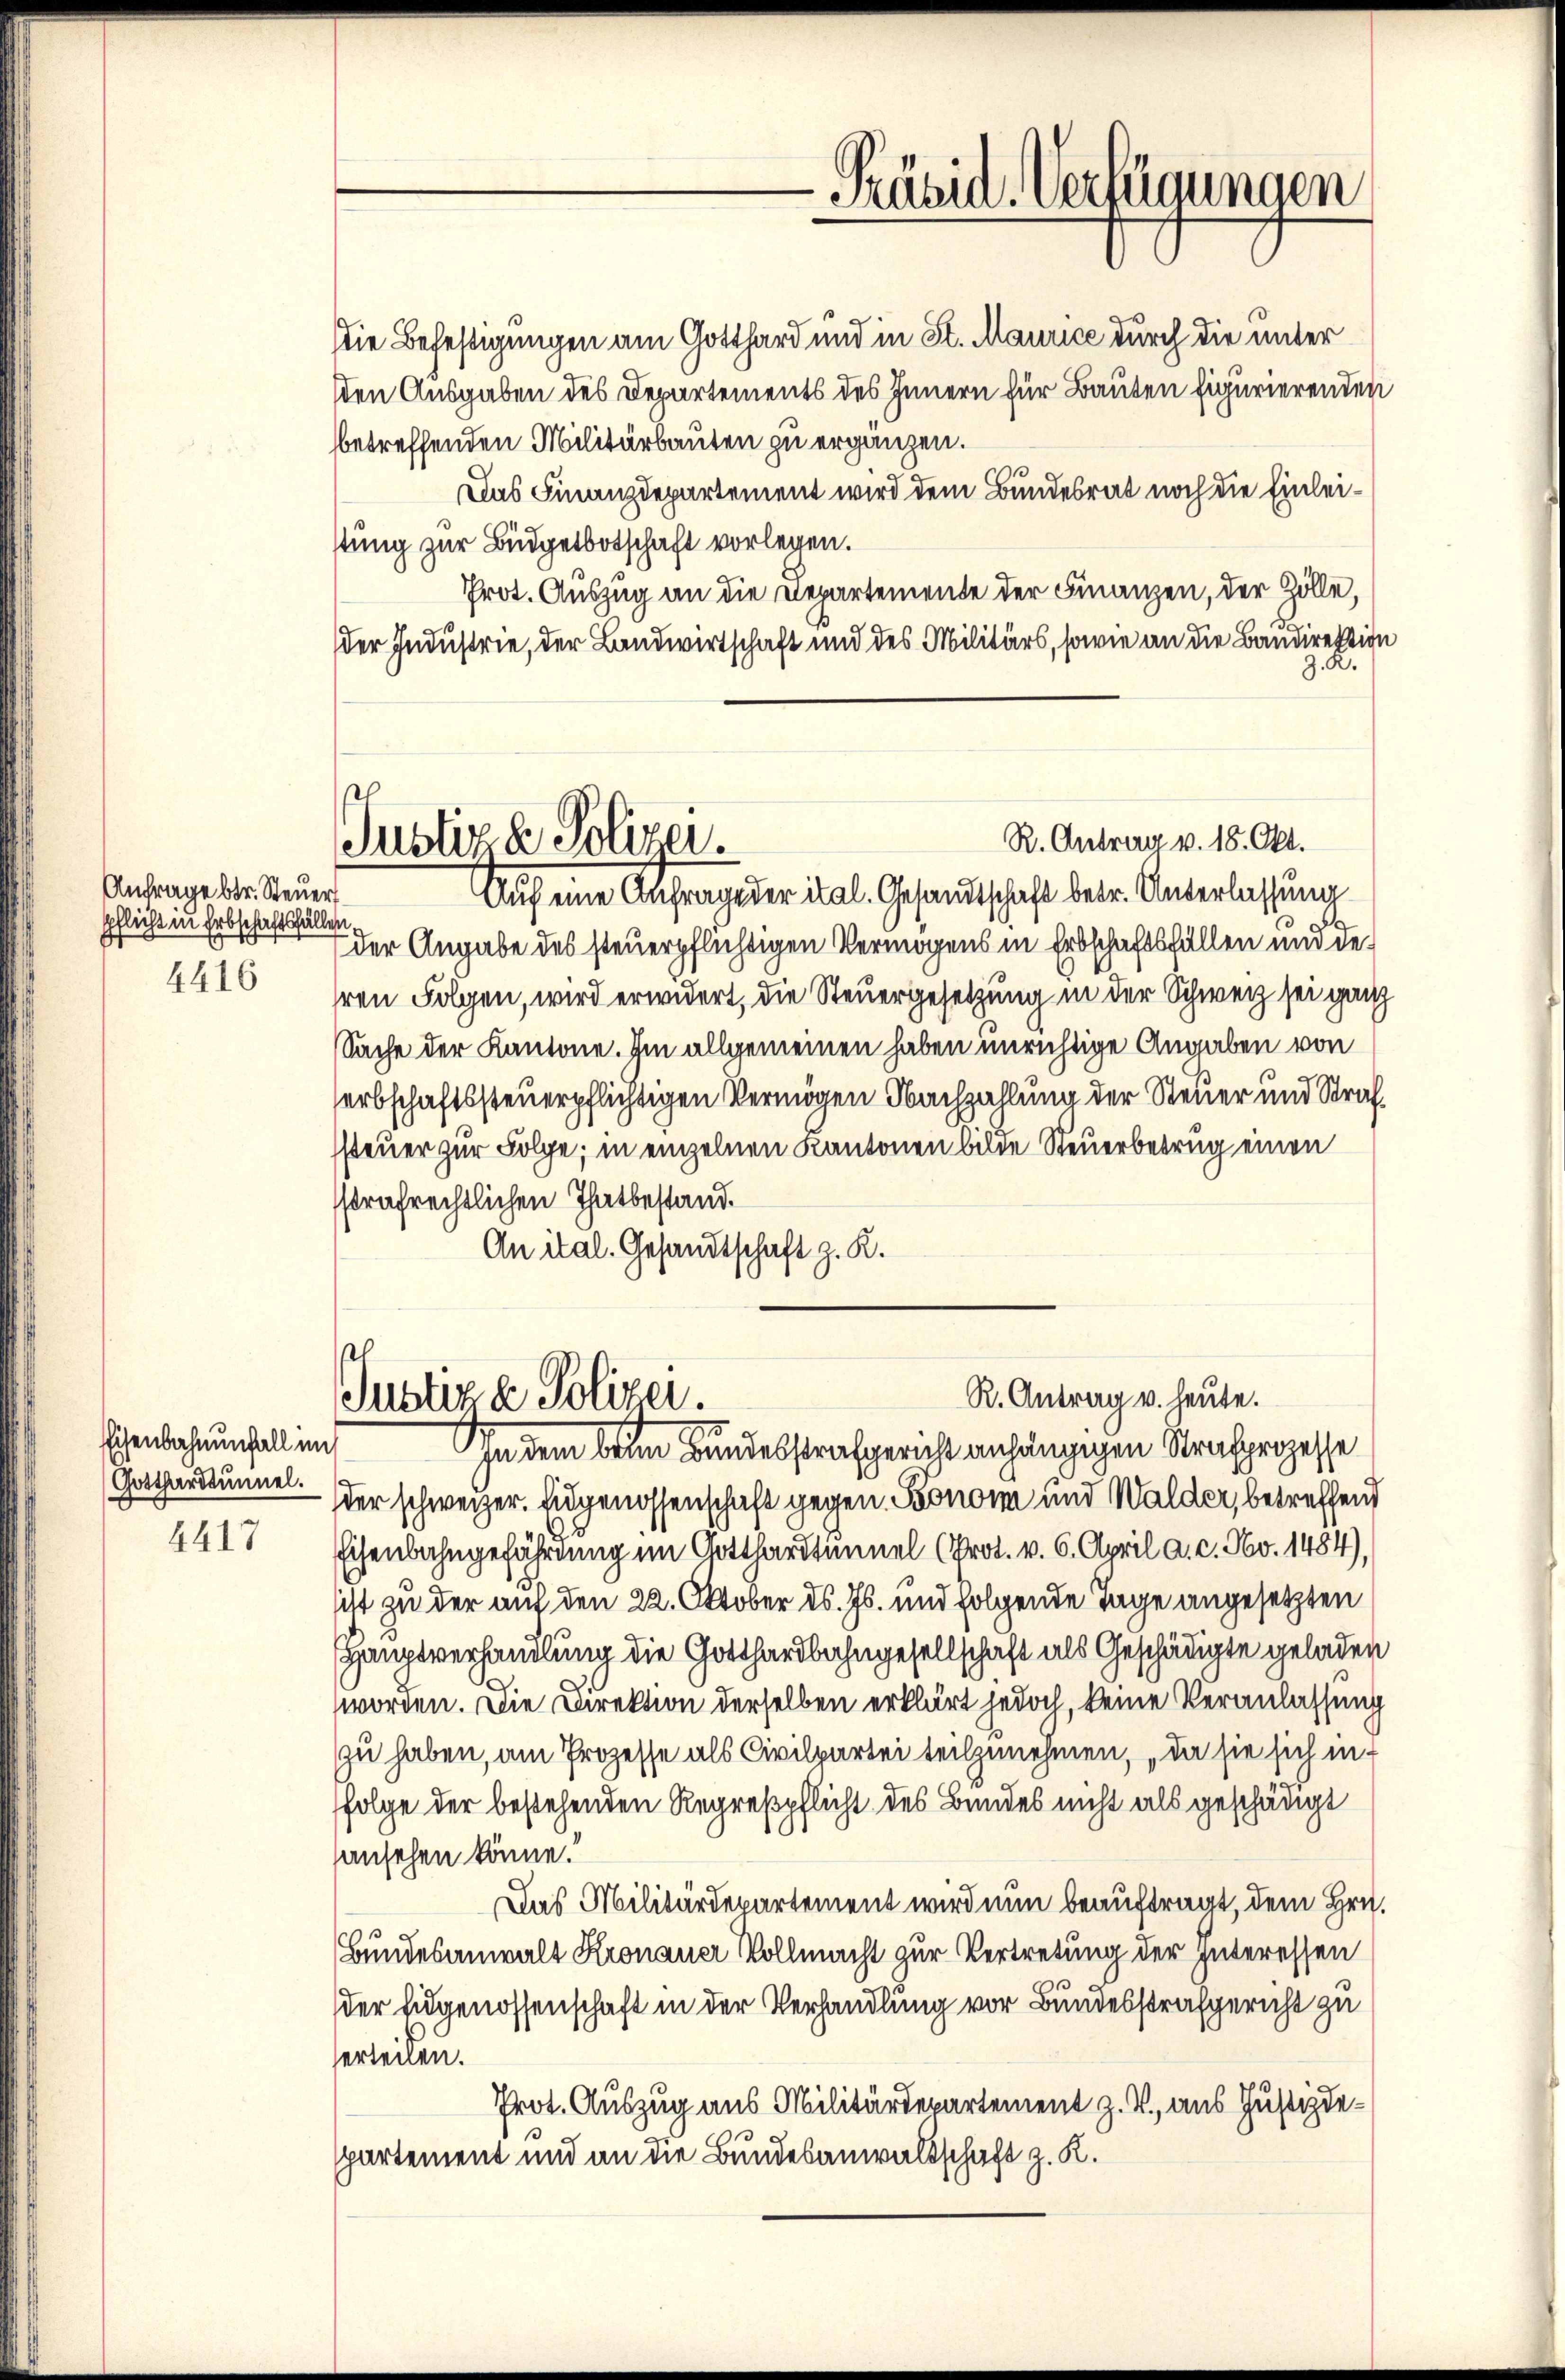
Präsid. Verfügungen

die Befestigungen am Gotthard und in St. Maurice durch die unter
den Ausgaben des Departements des Innern für Bauten figurierenden
betreffenden Militärbauten zu ergänzen.
Das Finanzdepartement wird dem Bundesrat noch die Einleistung zur Büdgetbotschaft vorlegen.
Prot. Auszug an die Departemente der Finanzen, der Zölle,
der Industrie, der Landwirtschaft und des Militärs, sowie an die Baudirektion
z. K.
R. Antrag v. 18. Okt.
Justiz & Polizei.
Auf eine Anfrage der ital. Gesandtschaft betr. Unterlassung
der Angabe des steuerpflichtigen Vermögens in Erbschaftsfällen und deren Folgen, wird erwidert, die Steuergesetzung in der Schweiz sei ganz
sSache der Kantone. Im allgemeinen haben unrichtige Angaben von
erbschaftssteuerpflichtigen Vermögen Nachzahlung der Steuer und Straf
steuer zur Folge; in einzelnen Kantonen bilde Steuerbetrug einen
strafrechtlichen Thatbestand.
An ital. Gesandtschaft z. R.

Anfrage betr. Steuer
pflicht in Erbschaftsfällen
4416

l
R. Antrag u. heute.
Justiz & Polizei.

Eisenbahnenfall im
Gotthardtunnel.

In dem beim Bundesstrafgericht anhängigen Strafprozesse
der schweizer. Eidgenossenschaft gegen. Sonomi und Walder, betreffend
Eisenbahngefährdung im Gotthardtummel (Prot. v. 6. April a. c. Nov. 1484),
sicht zu der auf den 22. Oktober d. Js. und folgende Tage angesetzten
Hauptverhandlung die Gotthardbahngesellschaft als Geschädigte geladen
worden. Die Direktion derselben erklärt jedoch, keine Veranlassung
zu haben, am Prozesse als Civilpartei teilzunehmen, da sie sich in f
Folge der bestehenden Regreßpflicht des Bundes nicht als geschädigt
sansehen könne.
Das Militärdepartement wird nun beauftragt, dem Hrn.
Bundesanwalt Kronauer Vollmacht zur Vertretung der Interessen
der Eidgenossenschaft in der Verhandlung vor Bundesstrafgericht zu
sertenen.
Prot. Auszug aus Militärdepartement z. V., aus Justizdepartement und an die Bundesanwaltschaft z. K.

4417